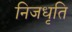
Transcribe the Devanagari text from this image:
निजधृति